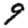
Digit: 9